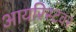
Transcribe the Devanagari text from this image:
आयरिस्टवर